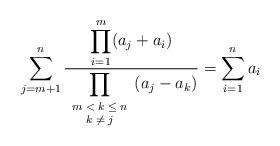
LaTeX: \begin{align*}\sum_{j=m+1}^n\frac {\displaystyle\prod_{i=1}^m (a_j+a_i)}{\displaystyle\prod_{\scriptsize \begin{array}{c} m<k\leq n\\ k\neq j \end{array}}(a_j-a_k)}=\sum_{i=1}^n a_i \end{align*}